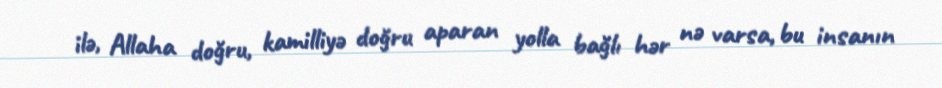
ilə, Allaha doğru, kamilliyə doğru aparan yolla bağlı hər nə varsa, bu insanın